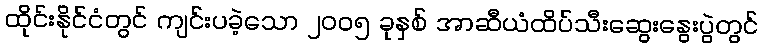
ထိုင်းနိုင်ငံတွင် ကျင်းပခဲ့သော ၂၀၀၅ ခုနှစ် အာဆီယံထိပ်သီးဆွေးနွေးပွဲတွင်